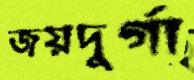
জয়দুর্গা